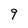
Character: 9